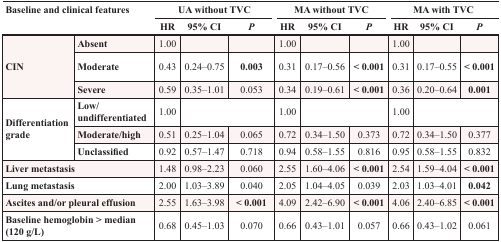
| <ROWSPAN=2-COLSPAN=2> Baseline and clinical features | <COLSPAN=3> UA without TVC | <COLSPAN=3> MA without TVC | <COLSPAN=3> MA with TVC |
 | HR | 95% CI | P | HR | 95% CI | P | HR | 95% CI | P |
 | --- | --- | --- | --- | --- | --- | --- | --- | --- | --- | --- |
 | <ROWSPAN=3> CIN | Absent | 1.00 |  |  | 1.00 |  |  | 1.00 |  |  |
 | Moderate | 0.43 | 0.24–0.75 | 0.003 | 0.31 | 0.17–0.56 | < 0.001 | 0.31 | 0.17–0.55 | < 0.001 |
 | Severe | 0.59 | 0.35–1.01 | 0.053 | 0.34 | 0.19–0.61 | < 0.001 | 0.36 | 0.20–0.64 | 0.001 |
 | <ROWSPAN=3> Differentiation grade | Low/undifferentiated | 1.00 | <COLSPAN=2>  | 1.00 | <COLSPAN=2>  | 1.00 | <COLSPAN=2>  |
 | Moderate/high | 0.51 | 0.25–1.04 | 0.065 | 0.72 | 0.34–1.50 | 0.373 | 0.72 | 0.34–1.50 | 0.377 |
 | Unclassified | 0.92 | 0.57–1.47 | 0.718 | 0.94 | 0.58–1.55 | 0.816 | 0.95 | 0.58–1.55 | 0.832 |
 | <COLSPAN=2> Liver metastasis | 1.48 | 0.98–2.23 | 0.060 | 2.55 | 1.60–4.06 | < 0.001 | 2.54 | 1.59–4.04 | < 0.001 |
 | <COLSPAN=2> Lung metastasis | 2.00 | 1.03–3.89 | 0.040 | 2.05 | 1.04–4.05 | 0.039 | 2.03 | 1.03–4.01 | 0.042 |
 | <COLSPAN=2> Ascites and/or pleural effusion | 2.55 | 1.63–3.98 | < 0.001 | 4.09 | 2.42–6.90 | < 0.001 | 4.06 | 2.40–6.85 | < 0.001 |
 | <COLSPAN=2> Baseline hemoglobin > median (120 g/L) | 0.68 | 0.45–1.03 | 0.070 | 0.66 | 0.43–1.01 | 0.057 | 0.66 | 0.43–1.02 | 0.061 |